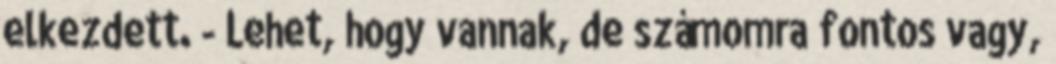
elkezdett. - Lehet, hogy vannak, de számomra fontos vagy,